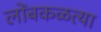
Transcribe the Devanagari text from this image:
लोंबकळत्या